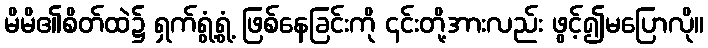
မိမိ၏စိတ်ထဲ၌ ရှက်ရွံ့ရွံ့ ဖြစ်နေခြင်းကို ၎င်းတို့အားလည်း ဖွင့်၍မပြောလို။